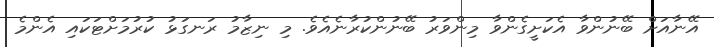
އޭނާއަށް ބޭނުންވާ އެކަށީގެންވާ މިންވަރު ބޭނުންކުރާނެއެވެ. މި ނިޒާމު ރަނގަޅު ކުރުމަށްޓަކައި އެންމެ